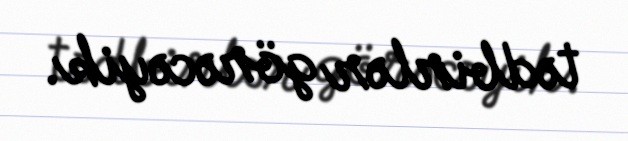
tədbirlər görəcəyik.